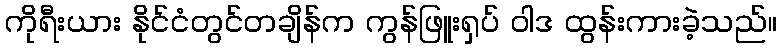
ကိုရီးယား နိုင်ငံတွင်တချိန်က ကွန်ဖြူးရှပ် ဝါဒ ထွန်းကားခဲ့သည်။